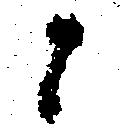
候